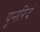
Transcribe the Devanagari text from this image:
पुनरिदं